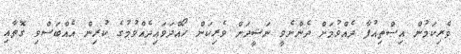
ވެރިކަމުން އިސްތިއުފާ ދެއްވުމަށް ދެންނެވީ ނަޝީދަށް ވެރިކަން ހޯއްދަވައިދެއްވުމުގެ ކުރިން އެއްބަސްވި ގޮތާއި